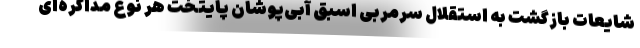
شایعات بازگشت به استقلال سرمربی اسبق آبی‌پوشان پایتخت هر نوع مذاکره‌ای